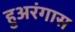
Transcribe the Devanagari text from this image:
हुअरंगास